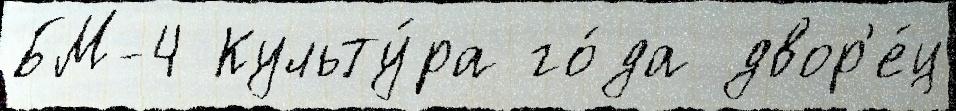
БМ-4 Культу́ра го́да двор'е́ц